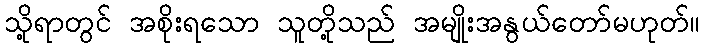
သို့ရာတွင် အစိုးရသော သူတို့သည် အမျိုးအနွယ်တော်မဟုတ်။